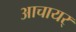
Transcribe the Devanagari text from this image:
आचायर्